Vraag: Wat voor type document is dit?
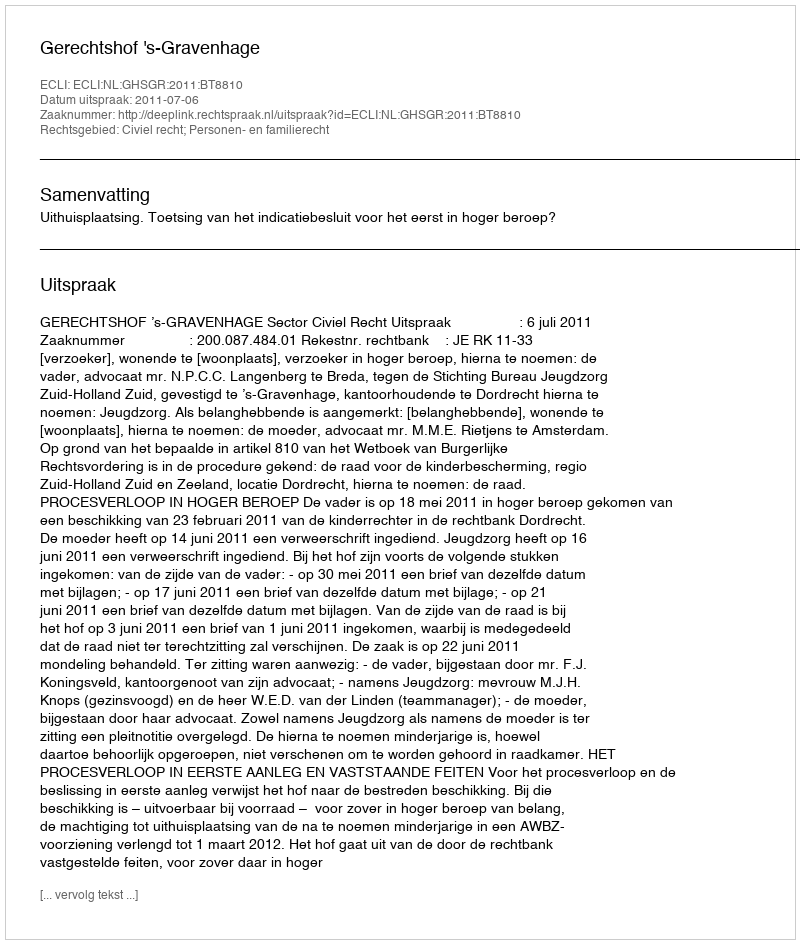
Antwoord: Uitspraak